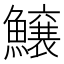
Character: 𱇂